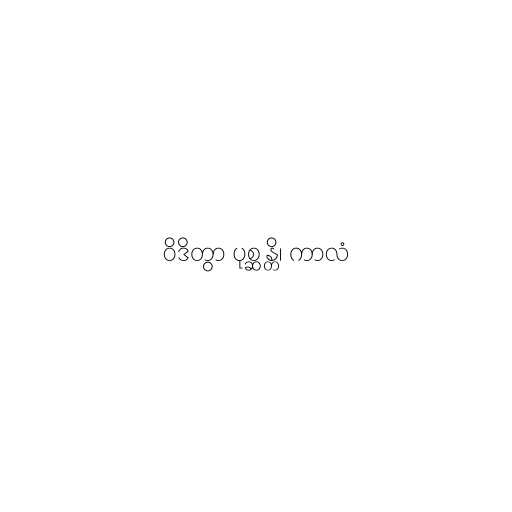
ဝိဒိတွာ ပုစ္ဆန္တိ၊ ကာလံ